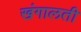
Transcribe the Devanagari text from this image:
खंगालती